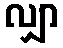
လျှာ